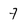
Character: 7